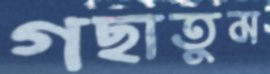
গছাতুম